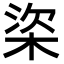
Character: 𣒿